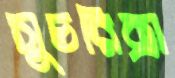
সুচরিত্রা